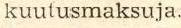
kuutusmaksuja.